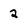
Character: 2